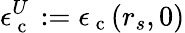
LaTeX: \epsilon_{\mathrm{~c~}}^{U}:=\epsilon_{\mathrm{~c~}}(r_{s},0)